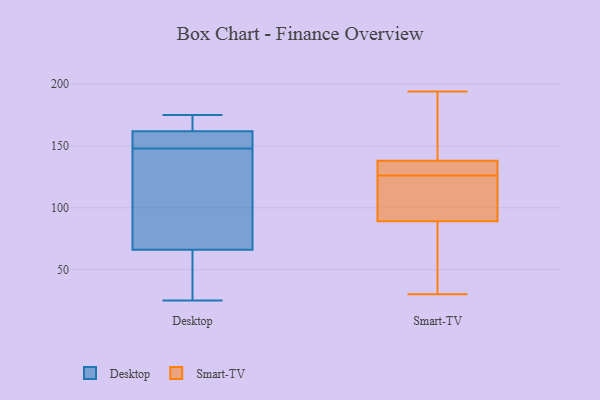
{"axis": {"x": "LTV (USD)", "y": "Value"}, "legend": ["Desktop", "Smart-TV"], "data": [{"x": "", "y": 175, "type": "Desktop"}, {"x": "", "y": 161, "type": "Desktop"}, {"x": "", "y": 48, "type": "Desktop"}, {"x": "", "y": 150, "type": "Desktop"}, {"x": "", "y": 146, "type": "Desktop"}, {"x": "", "y": 169, "type": "Desktop"}, {"x": "", "y": 77, "type": "Desktop"}, {"x": "", "y": 162, "type": "Desktop"}, {"x": "", "y": 25, "type": "Desktop"}, {"x": "", "y": 66, "type": "Desktop"}, {"x": "", "y": 138, "type": "Smart-TV"}, {"x": "", "y": 97, "type": "Smart-TV"}, {"x": "", "y": 176, "type": "Smart-TV"}, {"x": "", "y": 89, "type": "Smart-TV"}, {"x": "", "y": 58, "type": "Smart-TV"}, {"x": "", "y": 119, "type": "Smart-TV"}, {"x": "", "y": 133, "type": "Smart-TV"}, {"x": "", "y": 134, "type": "Smart-TV"}, {"x": "", "y": 189, "type": "Smart-TV"}, {"x": "", "y": 137, "type": "Smart-TV"}, {"x": "", "y": 40, "type": "Smart-TV"}, {"x": "", "y": 194, "type": "Smart-TV"}, {"x": "", "y": 30, "type": "Smart-TV"}, {"x": "", "y": 100, "type": "Smart-TV"}]}